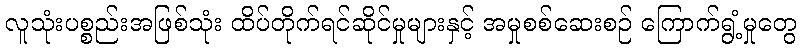
လူသုံးပစ္စည်းအဖြစ်သုံး ထိပ်တိုက်ရင်ဆိုင်မှုများနှင့် အမှုစစ်ဆေးစဉ် ကြောက်ရွံ့မှုတွေ